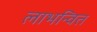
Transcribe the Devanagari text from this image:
लाभन्वित